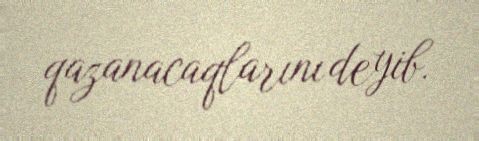
qazanacaqlarını deyib.